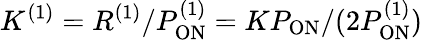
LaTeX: K^{(1)}=R^{(1)}/P_{\mathrm{ON}}^{(1)}=KP_{\mathrm{ON}}/(2P_{\mathrm{ON}}^{(1)})